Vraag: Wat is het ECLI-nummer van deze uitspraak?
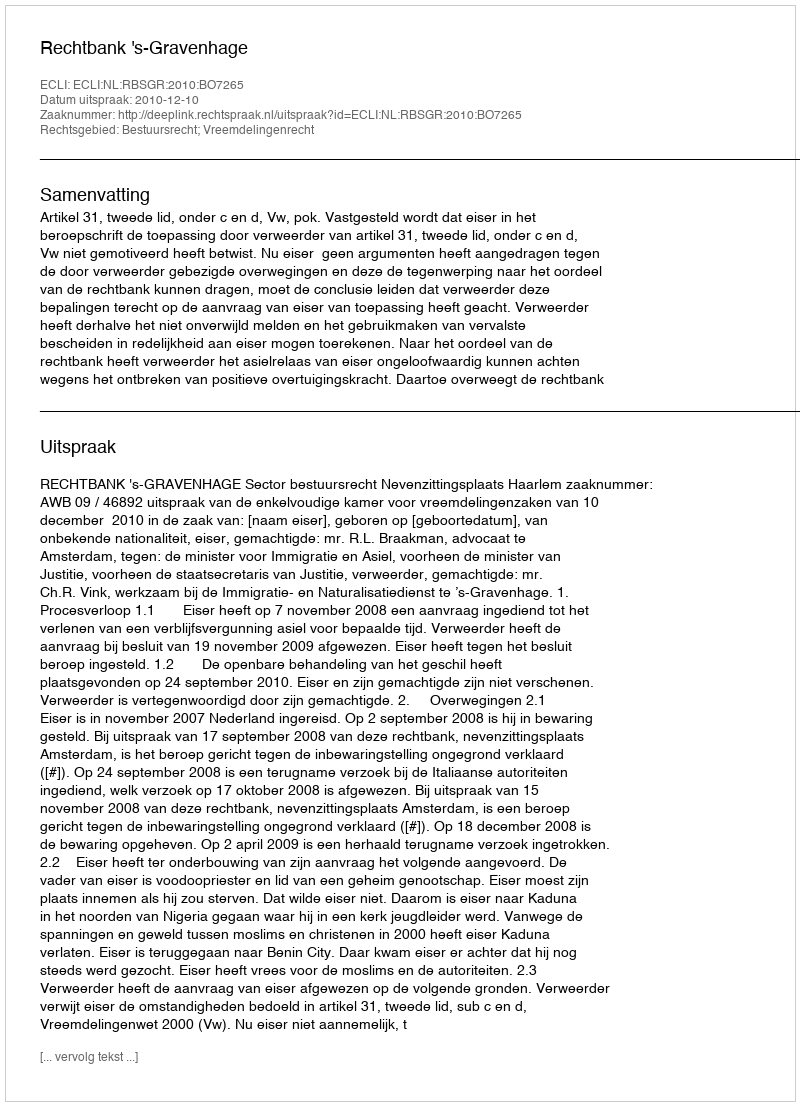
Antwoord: ECLI:NL:RBSGR:2010:BO7265